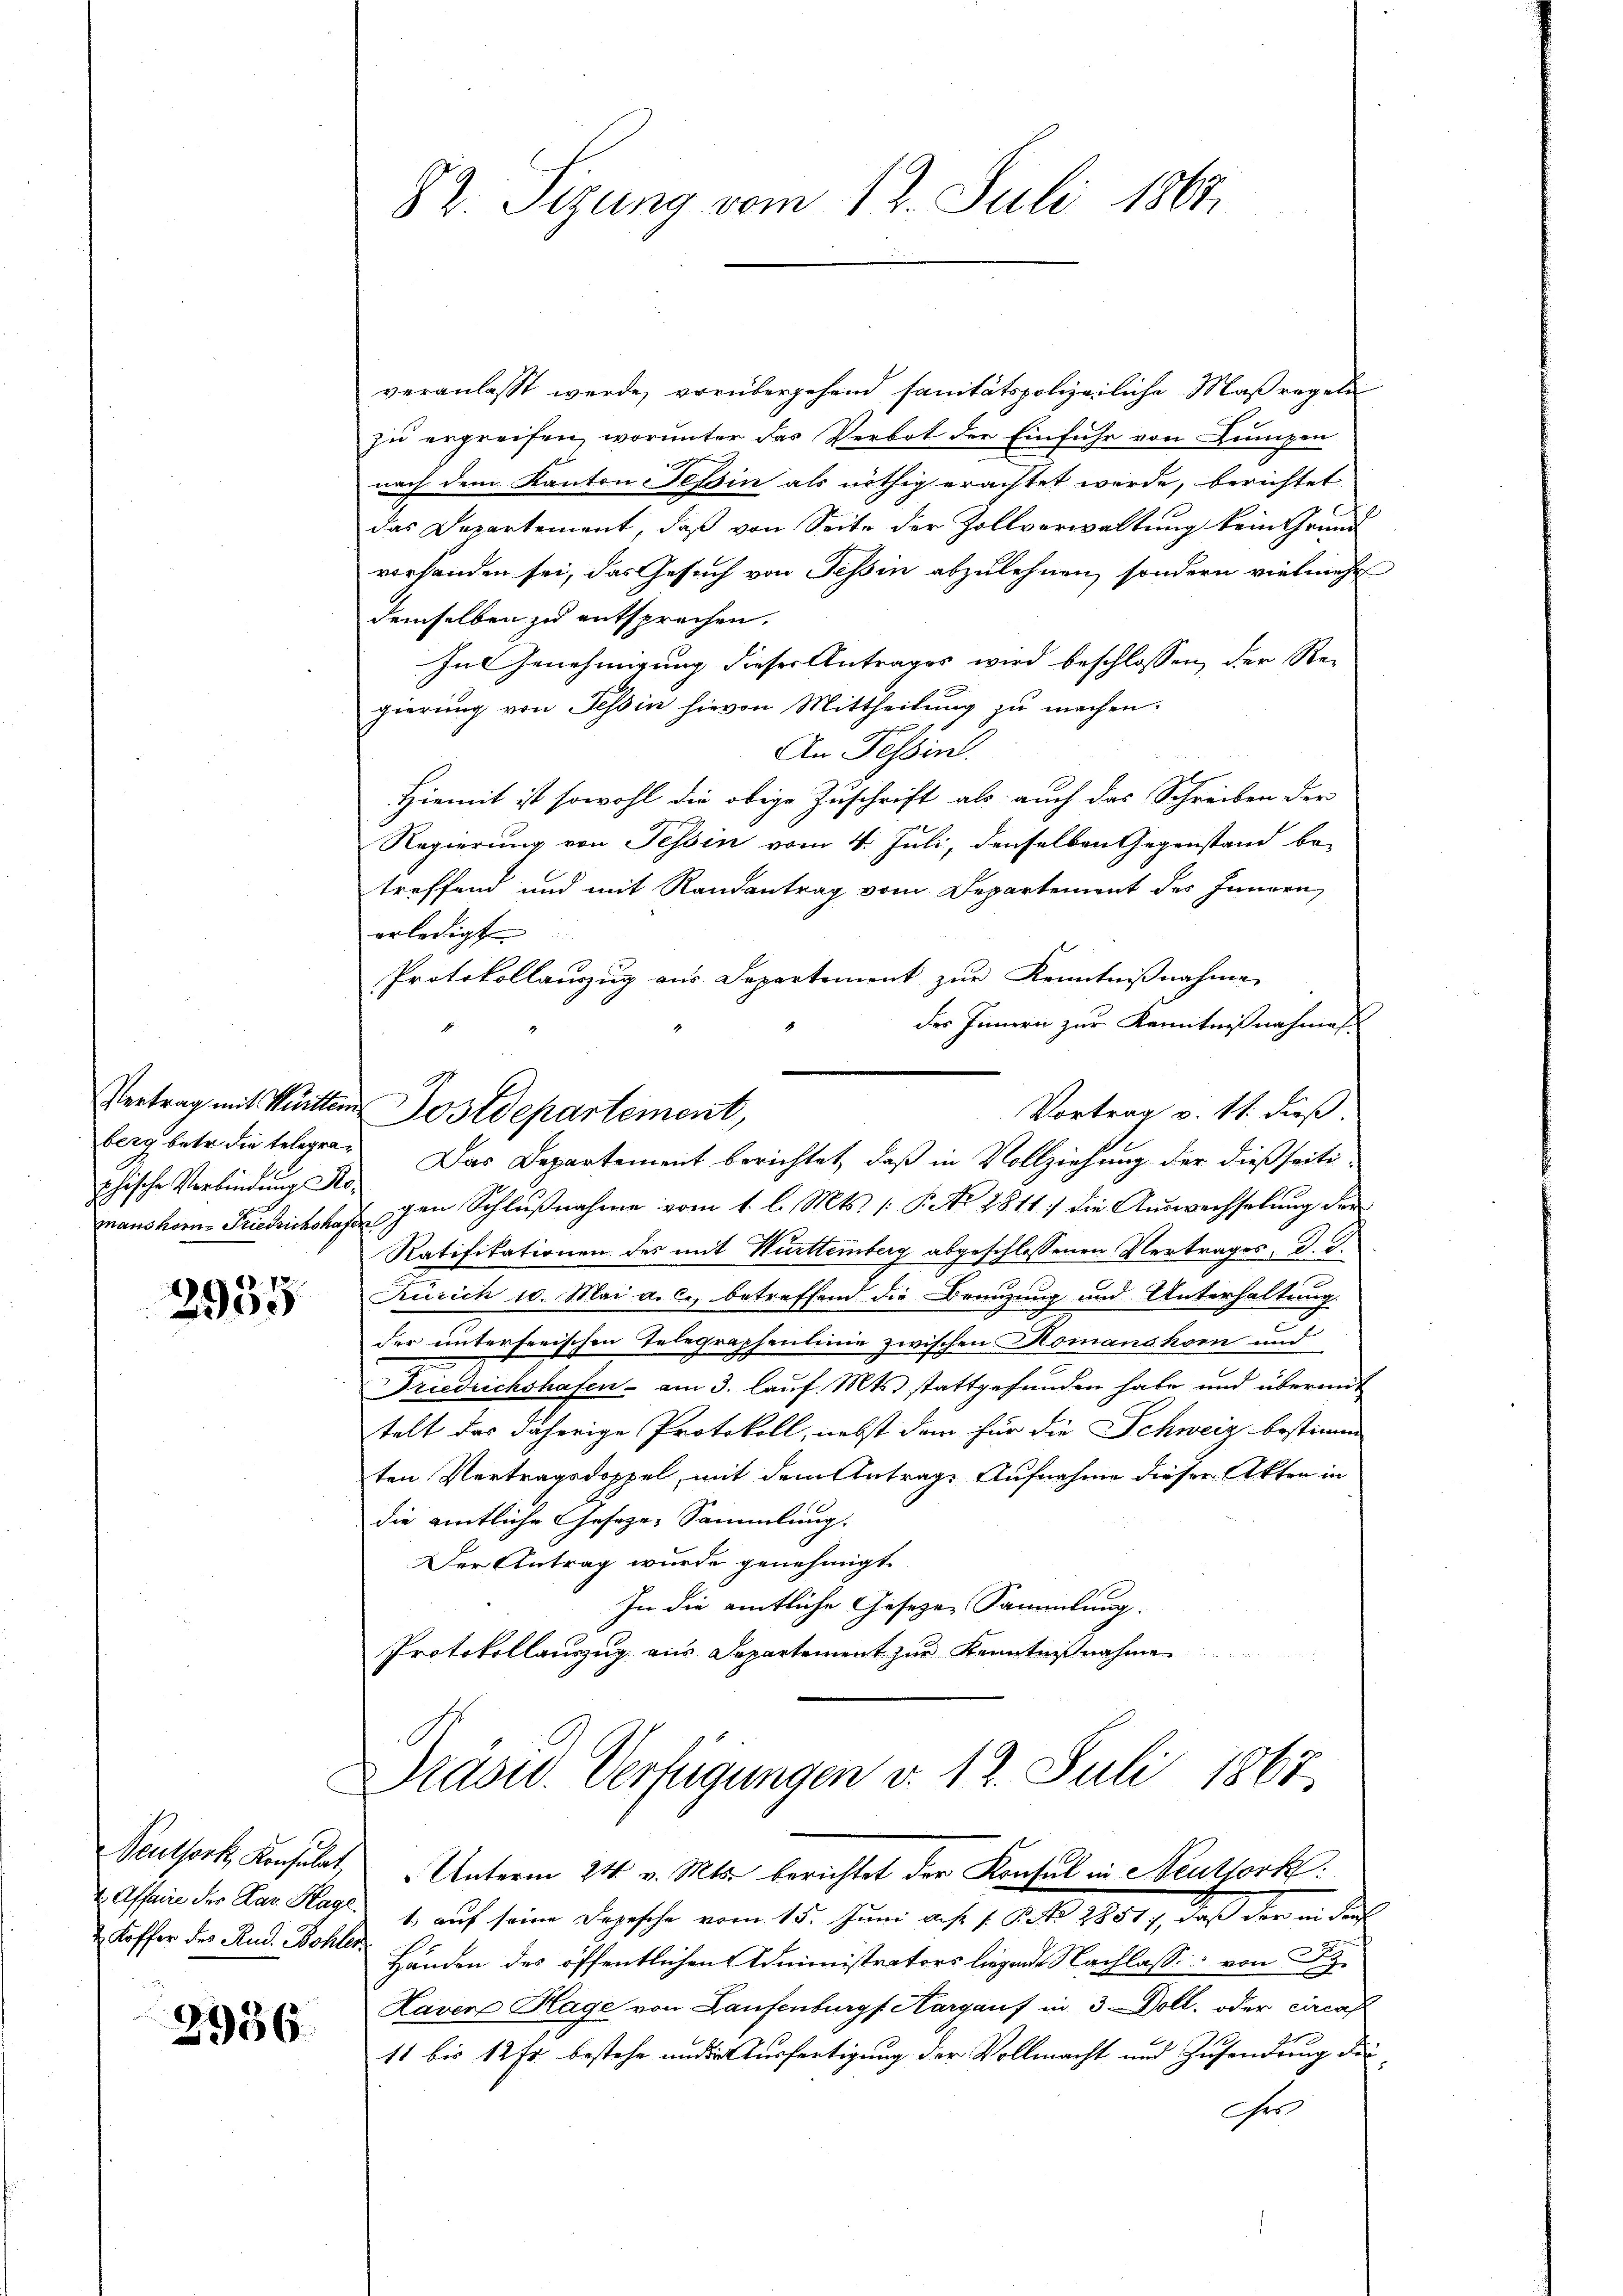
phische Verbindung Ro¬

3955

Koffer des Rud. Bohler

2956.

veranlasst werde, vorübergehend sanitätspolizeiliche Maßregel
zu ergreifen, worunter das Verbot der Einfuhr von Lumpen
nach dem Kanton Tessin als nöthig erachtet werde, berichtet
das Departement, daß von Seite der Zollverwaltung kein Grund
vorhanden sei, das Gesuch von Tessin abzulehnen, sondern vielmehr
demselben zu entsprechen.
In Genehmigung dieser Antrages wird beschlossen, der Re-
gierung von Tessin hievon Mittheilung zu machen.
An Fessen.
Hiemit ist sowohl die obige Zuschrift als auch das Schreiben der
Regierung von Tessin vom 4. Juli, denselben Gegenstand be-
treffend und mit Randantrag vom Departement des Innern,
erledigt
Protokollanzug aus Departement zur Kenntnißnahme
des Innern zur Kenntnißnahmes
Vertrag mit Mutter Postdepartement,
Vortrag v. 11. dieß.
berg betr. die telegen. Das Departement berichtet, daß in Vollziehung der dießseitimanshorn-Friedrichshagen Schlŭβnahme vom 1. l. Mts. (: P. No 2811. die Auswechselung der
Ratifikationen des mit Württemberg abgeschlossenen Vertrages, d. d.
Zürich 10. Mai a. c., betreffend die Brenzung und Unterhaltung
der unterferischen Telegraphenlinie zwischen Komanskom und
Friedrichshafen - am 3. lauf Mts. stattgefunden habe und übermit
telt das daherige Protokoll, nebst dem für die Schweiz bestimm
ten Vertragsdoppel, mit dem Antrage Aufnahme dieser Akten in
die amtliche Geseze-Sammlung.
Der Antrag wurde genehmigt.
In die amtliche Geseze Sammlung.
Protokollauszug aus Departement zur Kenntnißnahmen

82. Sizung vom 12. Juli 1864

Präsid. Verfügungen v. 12. Juli 1867.
Neuthork, Konsulat, Unterm 24. v. Mts. berichtet der Konsul in Neuthork

Affein der Par Mag. 1. aŭf seine Depesche vom 15. Juni aus. 1. Fr. 1804., daß der in doch
Händen des öffentlichen Administrators liegen Nachlasse von S
Haver Klage von Laufenburg Aargauf in 3 Doll, oder circas
11 bis 12 Fr. bestehe und in Ausfertigung der Vollmacht und Zusendung die
chr